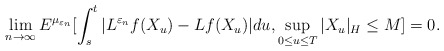
\begin{align*}\lim_{n\rightarrow \infty}E^{\mu_{\varepsilon_n}}[\int_s^t|L^{\varepsilon_n}f(X_{u})-Lf(X_{u})|du, \sup_{0\leq u\leq T}|X_u|_H\leq M ]=0.\end{align*}